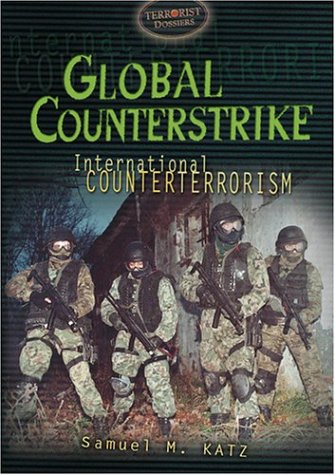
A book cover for Global Counterstrike: International Counterterrorism (Terrorist Dossiers); Samuel M. Katz; Teen & Young Adult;